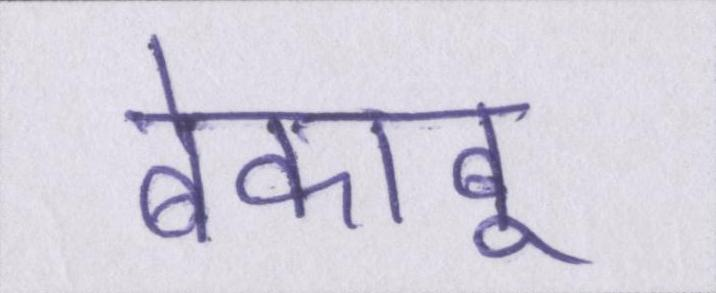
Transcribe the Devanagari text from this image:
बेकाबू